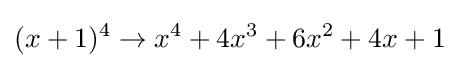
(x+1)^{4}\rightarrow x^{4}+4x^{3}+6x^{2}+4x+1